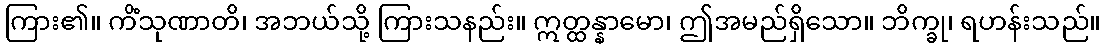
ကြား၏။ ကိံသုဏာတိ၊ အဘယ်သို့ ကြားသနည်း။ ဣတ္ထန္နာမော၊ ဤအမည်ရှိသော။ ဘိက္ခု၊ ရဟန်းသည်။